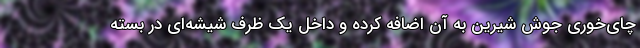
چای‌خوری جوش شیرین به آن اضافه کرده و داخل یک ظرف شیشه‌ای در بسته